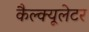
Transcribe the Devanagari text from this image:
कैल्क्यूलेटर